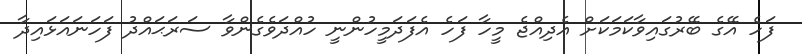
ފަހެ އޭގެ ބޭރުގައިވާކަމަކަށް އެދިއްޖެ މީހާ ފަހެ އެފަދަމީހުންނީ ހުއްދަވެގެންވާ ސަރަޙައްދު ފަހަނައަޅައިދާ